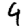
Digit: 4